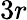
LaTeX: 3r